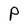
Character: P